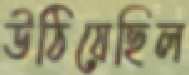
উঠিয়েছিল